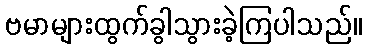
ဗမာများထွက်ခွါသွားခဲ့ကြပါသည်။